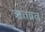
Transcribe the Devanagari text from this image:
ऋतव्रत